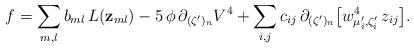
LaTeX: \begin{align*}f=\sum_{m,l}b_{ml} \,L({\bf z}_{ml})-5\,\phi\,\partial_{(\zeta^\prime)_n}V^4+\sum_{i,j}c_{ij}\,\partial_{(\zeta^\prime)_n}\bigl[w_{\mu_i^{\prime},\zeta_i^{\prime}}^4\,z_{ij}\bigr].\end{align*}